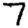
Digit: 7